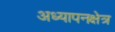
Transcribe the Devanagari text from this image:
अध्यापनक्षेत्र